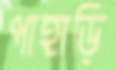
পাহাড়ি